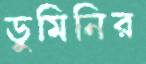
ডুমিনির